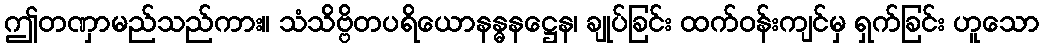
ဤတဏှာမည်သည်ကား။ သံသိဗ္ဗိတပရိယောနန္ဓနဋ္ဌေန၊ ချုပ်ခြင်း ထက်ဝန်းကျင်မှ ရှက်ခြင်း ဟူသော